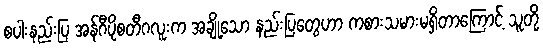
စပါးနည်းပြ အန်ဂီပိုစတီဂလူးက အချို့သော နည်းပြတွေဟာ ကစားသမားမရှိတာကြောင့် သူတို့